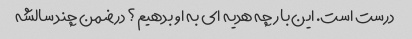
درست است. این بار چه هدیه ای به او بدهیم؟ در ضمن چند سالشه